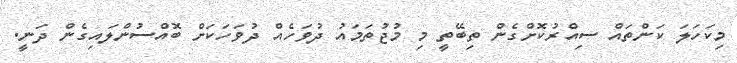
މިކަހަލަ ކަންތައް ސިއްރުކޮށްގެން ތިބޭތީ މި މުޖުތަމައު ދުވަހެއް ދުވަހަކަށް ބޮއްސުންލައިގެން ދަނީ.